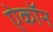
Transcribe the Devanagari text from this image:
ऐकॉन